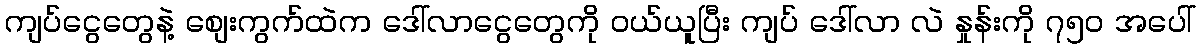
ကျပ်ငွေတွေနဲ့ စျေးကွက်ထဲက ဒေါ်လာငွေတွေကို ဝယ်ယူပြီး ကျပ် ဒေါ်လာ လဲ နှုန်းကို ၇၅၀ အပေါ်